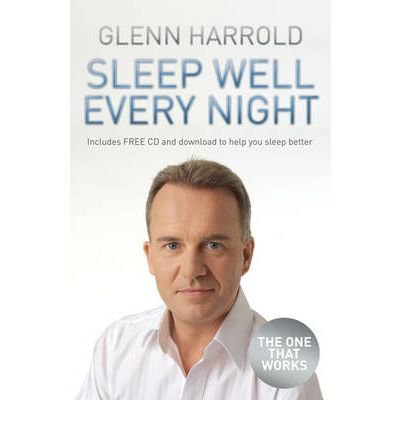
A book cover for Untitled Harrold 2 of 3: The Hypnosis Solution for Deeper, Longer Sleep; Glenn Harrold; Health, Fitness & Dieting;